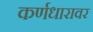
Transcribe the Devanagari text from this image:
कर्णधारावर